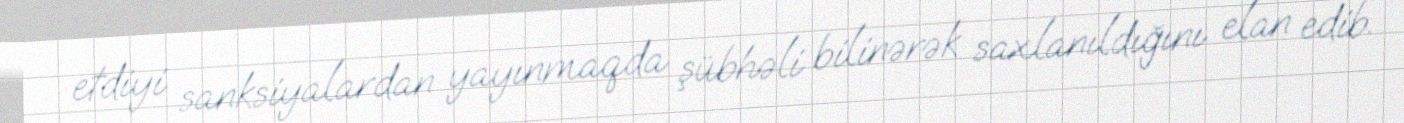
etdiyi sanksiyalardan yayınmaqda şübhəli bilinərək saxlanıldığını elan edib.